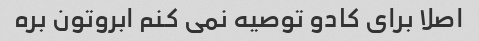
اصلا برای کادو توصیه نمی کنم ابروتون بره